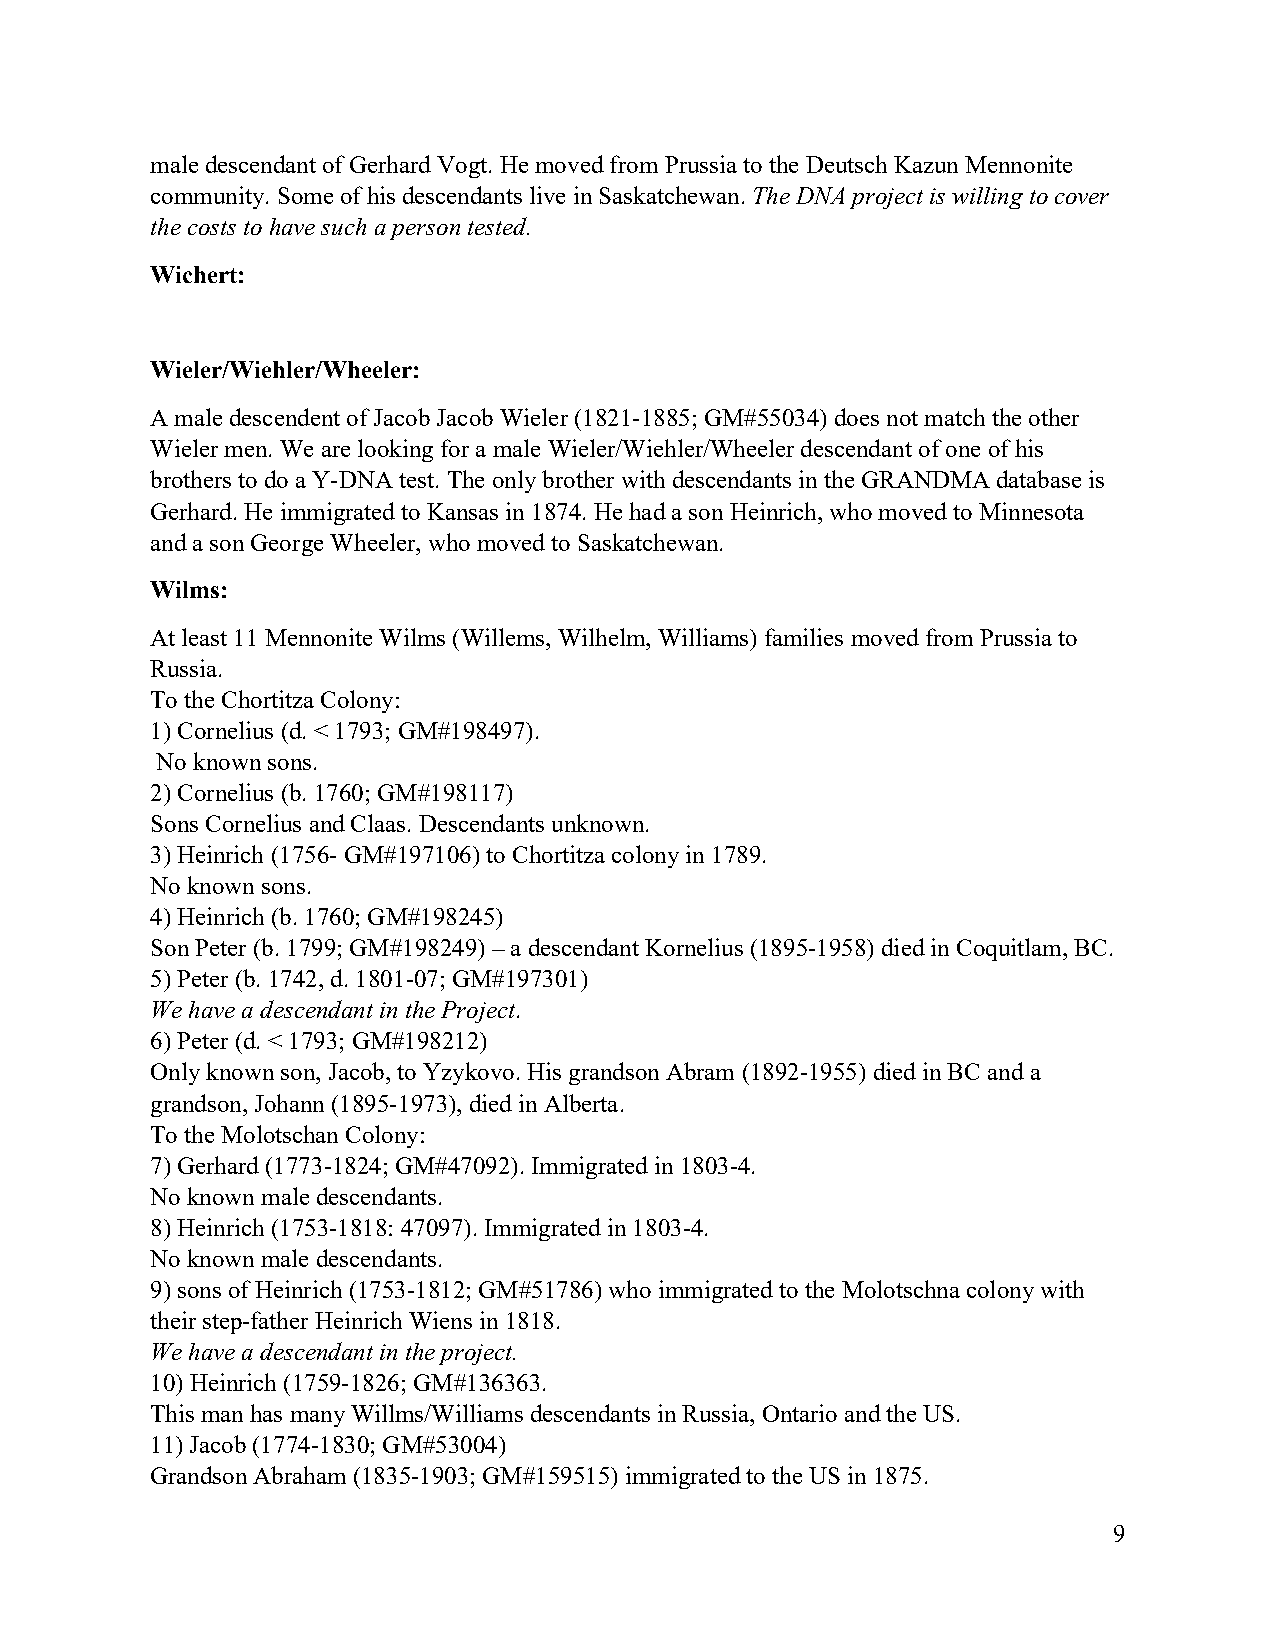
male descendant of Gerhard Vogt. He moved from Prussia to the Deutsch Kazun Mennonite
 community. Some of his descendants live in Saskatchewan. The DNA project is willing to cover
 the costs to have such a person tested.
 Wichert:
 Wieler/Wiehler/Wheeler:
 A male descendent of Jacob Jacob Wieler (1821-1885; GM#55034) does not match the other
 Wieler men. We are looking for a male Wieler/Wiehler/Wheeler descendant of one of his
 brothers to do a Y-DNA test. The only brother with descendants in the GRANDMA database is
 Gerhard. He immigrated to Kansas in 1874. He had a son Heinrich, who moved to Minnesota
 and a son George Wheeler, who moved to Saskatchewan.
 Wilms:
 At least 11 Mennonite Wilms (Willems, Wilhelm, Williams) families moved from Prussia to
 Russia.
 To the Chortitza Colony:
 1) Cornelius (d. < 1793; GM#198497).
 No known sons.
 2) Cornelius (b. 1760; GM#198117)
 Sons Cornelius and Claas. Descendants unknown.
 3) Heinrich (1756- GM#197106) to Chortitza colony in 1789.
 No known sons.
 4) Heinrich (b. 1760; GM#198245)
 Son Peter (b. 1799; GM#198249) – a descendant Kornelius (1895-1958) died in Coquitlam, BC.
 5) Peter (b. 1742, d. 1801-07; GM#197301)
 We have a descendant in the Project.
 6) Peter (d. < 1793; GM#198212)
 Only known son, Jacob, to Yzykovo. His grandson Abram (1892-1955) died in BC and a
 grandson, Johann (1895-1973), died in Alberta.
 To the Molotschan Colony:
 7) Gerhard (1773-1824; GM#47092). Immigrated in 1803-4.
 No known male descendants.
 8) Heinrich (1753-1818: 47097). Immigrated in 1803-4.
 No known male descendants.
 9) sons of Heinrich (1753-1812; GM#51786) who immigrated to the Molotschna colony with
 their step-father Heinrich Wiens in 1818.
 We have a descendant in the project.
 10) Heinrich (1759-1826; GM#136363.
 This man has many Willms/Williams descendants in Russia, Ontario and the US.
 11) Jacob (1774-1830; GM#53004)
 Grandson Abraham (1835-1903; GM#159515) immigrated to the US in 1875.
 9